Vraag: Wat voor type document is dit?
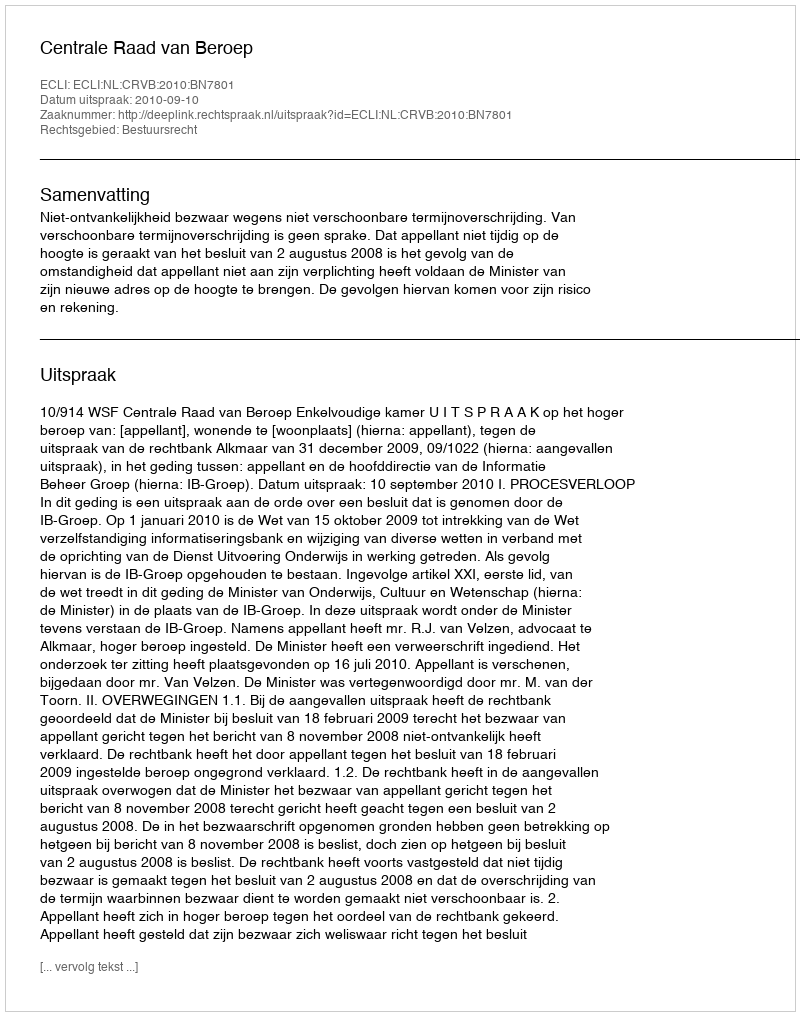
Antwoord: Uitspraak